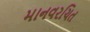
માનવરચિત